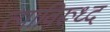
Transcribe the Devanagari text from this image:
त्याविरूध्द